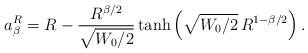
LaTeX: \begin{align*}a_{\beta}^R = R-\frac{R^{\beta/2}}{\sqrt{W_{0}/2}}\tanh\left(\sqrt{W_{0}/2}\,R^{1-\beta/2}\right).\end{align*}